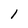
Character: 1